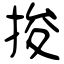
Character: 捘